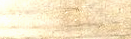
توجيهات